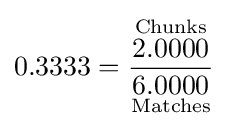
0.3333={\frac {\overset {\text{Chunks}}{2.0000}}{\underset {\text{Matches}}{6.0000}}}